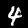
Digit: 4